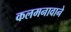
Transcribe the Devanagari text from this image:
कलमनावाने